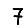
Digit: 7